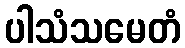
ပါသံသမေတံ